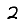
Digit: 2